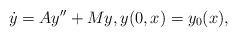
LaTeX: \begin{align*}\dot y=Ay''+My, y(0,x)=y_0(x),\end{align*}